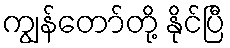
ကျွန်တော်တို့ နိုင်ပြီ